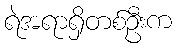
ရဲအရာရှိတစ်ဦးက